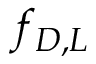
f _ { D , L }